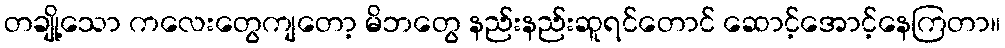
တချို့သော ကလေးတွေကျတော့ မိဘတွေ နည်းနည်းဆူရင်တောင် ဆောင့်အောင့်နေကြတာ။